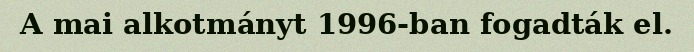
A mai alkotmányt 1996-ban fogadták el.